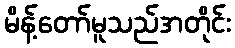
မိန့်တော်မူသည်အတိုင်း